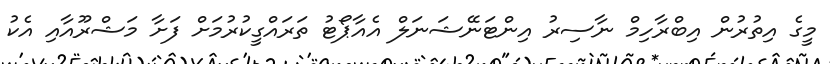
މީގެ އިތުރުން އިބްރާހިމް ނާސިރު އިންޓަނޭޝަނަލް އެއާޕޯޓު ތަރައްގީކުރުމަށް ފަށާ މަޝްރޫއާއި އެކު